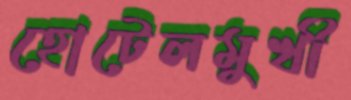
হোটেলমুখী